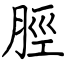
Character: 脛